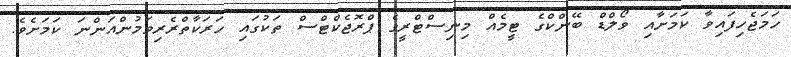
ހަމަޖެހިފައިވާ ކަމަށާއި ވޯލްޑް ބޭންކްގެ ޓީމެއް މިނިސްޓްރީގެ ޕްރޮޖެކްޓްސް ތަކުގައި ހަރަކާތްރެރިވަމުންއަންނަ ކަމަށެވެ.